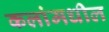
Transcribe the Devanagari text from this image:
कलांमधील